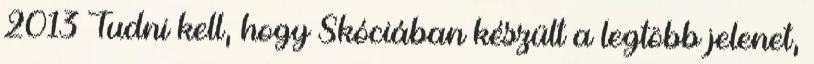
2013 Tudni kell, hogy Skóciában készült a legtöbb jelenet,